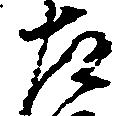
左